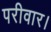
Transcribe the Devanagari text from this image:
परीवार।